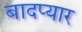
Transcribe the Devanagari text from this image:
बादप्यार